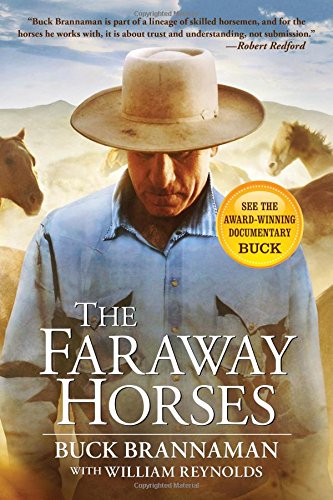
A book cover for The Faraway Horses: The Adventures and Wisdom of One of America's Most Renowned Horsemen; Buck Brannaman; Biographies & Memoirs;